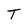
Character: T